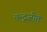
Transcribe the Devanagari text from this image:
चन्द्रजीत